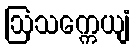
ဩသက္ကေယျံ